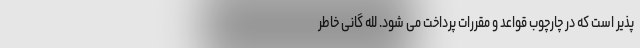
پذیر است که در چارچوب قواعد و مقررات پرداخت می شود. لله گانی خاطر